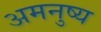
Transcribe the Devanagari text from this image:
अमनुष्य